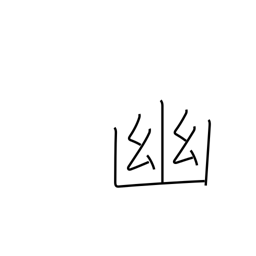
Meaning: seclude